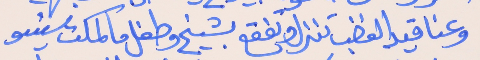
وعناقيد الغضب تنزل وتفقع     بشيخ وطفل ما كملت سنيىو